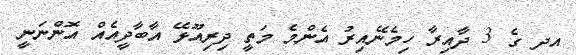
އދ ގެ 3 ދާއިރާ ހިމެނޭއިރު އެންމެ މަތީ ދިރިއޫޅޭ އާބާދީއެއް އޮންނަނީ